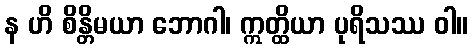
န ဟိ စိန္တိမယာ ဘောဂါ၊ ဣတ္ထိယာ ပုရိသဿ ဝါ။